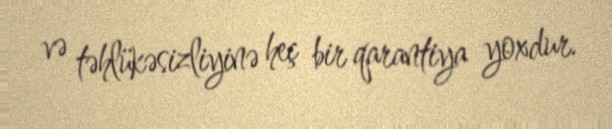
və təhlükəsizliyinə heç bir qarantiya yoxdur.